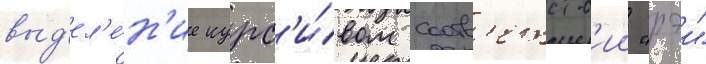
выд'ел'е́н'ие курс'и́вом соотв'етств'ии "рэи"